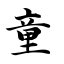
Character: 童